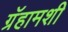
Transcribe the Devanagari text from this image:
ग्रॅहामशी